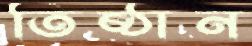
তিষ্ঠান